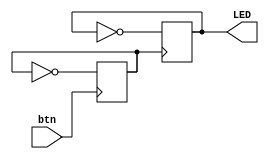
`timescale 1ns / 1ps
//////////////////////////////////////////////////////////////////////////////////
// Company: 
// Engineer: 
// 
// Design Name: 
// Module Name: button_switch
// Project Name: 
// Target Devices: 
// Tool Versions: 
// Description: 
// 
// Dependencies: 
// 
// Revision:
// Revision 0.01 - File Created
// Additional Comments:
// 
//////////////////////////////////////////////////////////////////////////////////


module button_switch(
    input btn,      // Button input
    output reg LED // LED output
);

// Define the LED and button signals
reg btn_reg;

// Assign button signal
always @ (posedge btn)
    btn_reg <= ~btn_reg;

// Toggle LED when button is pressed
always @ (posedge btn_reg)
    LED <= ~LED;

endmodule